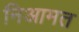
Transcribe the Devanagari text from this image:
निआमत